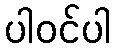
ပါဝင်ပါ